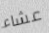
عشاء